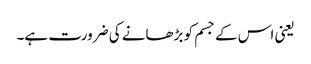
یعنی اس کے جسم کو بڑھانے کی ضرورت ہے۔